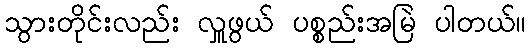
သွားတိုင်းလည်း လှူဖွယ် ပစ္စည်းအမြဲ ပါတယ်။